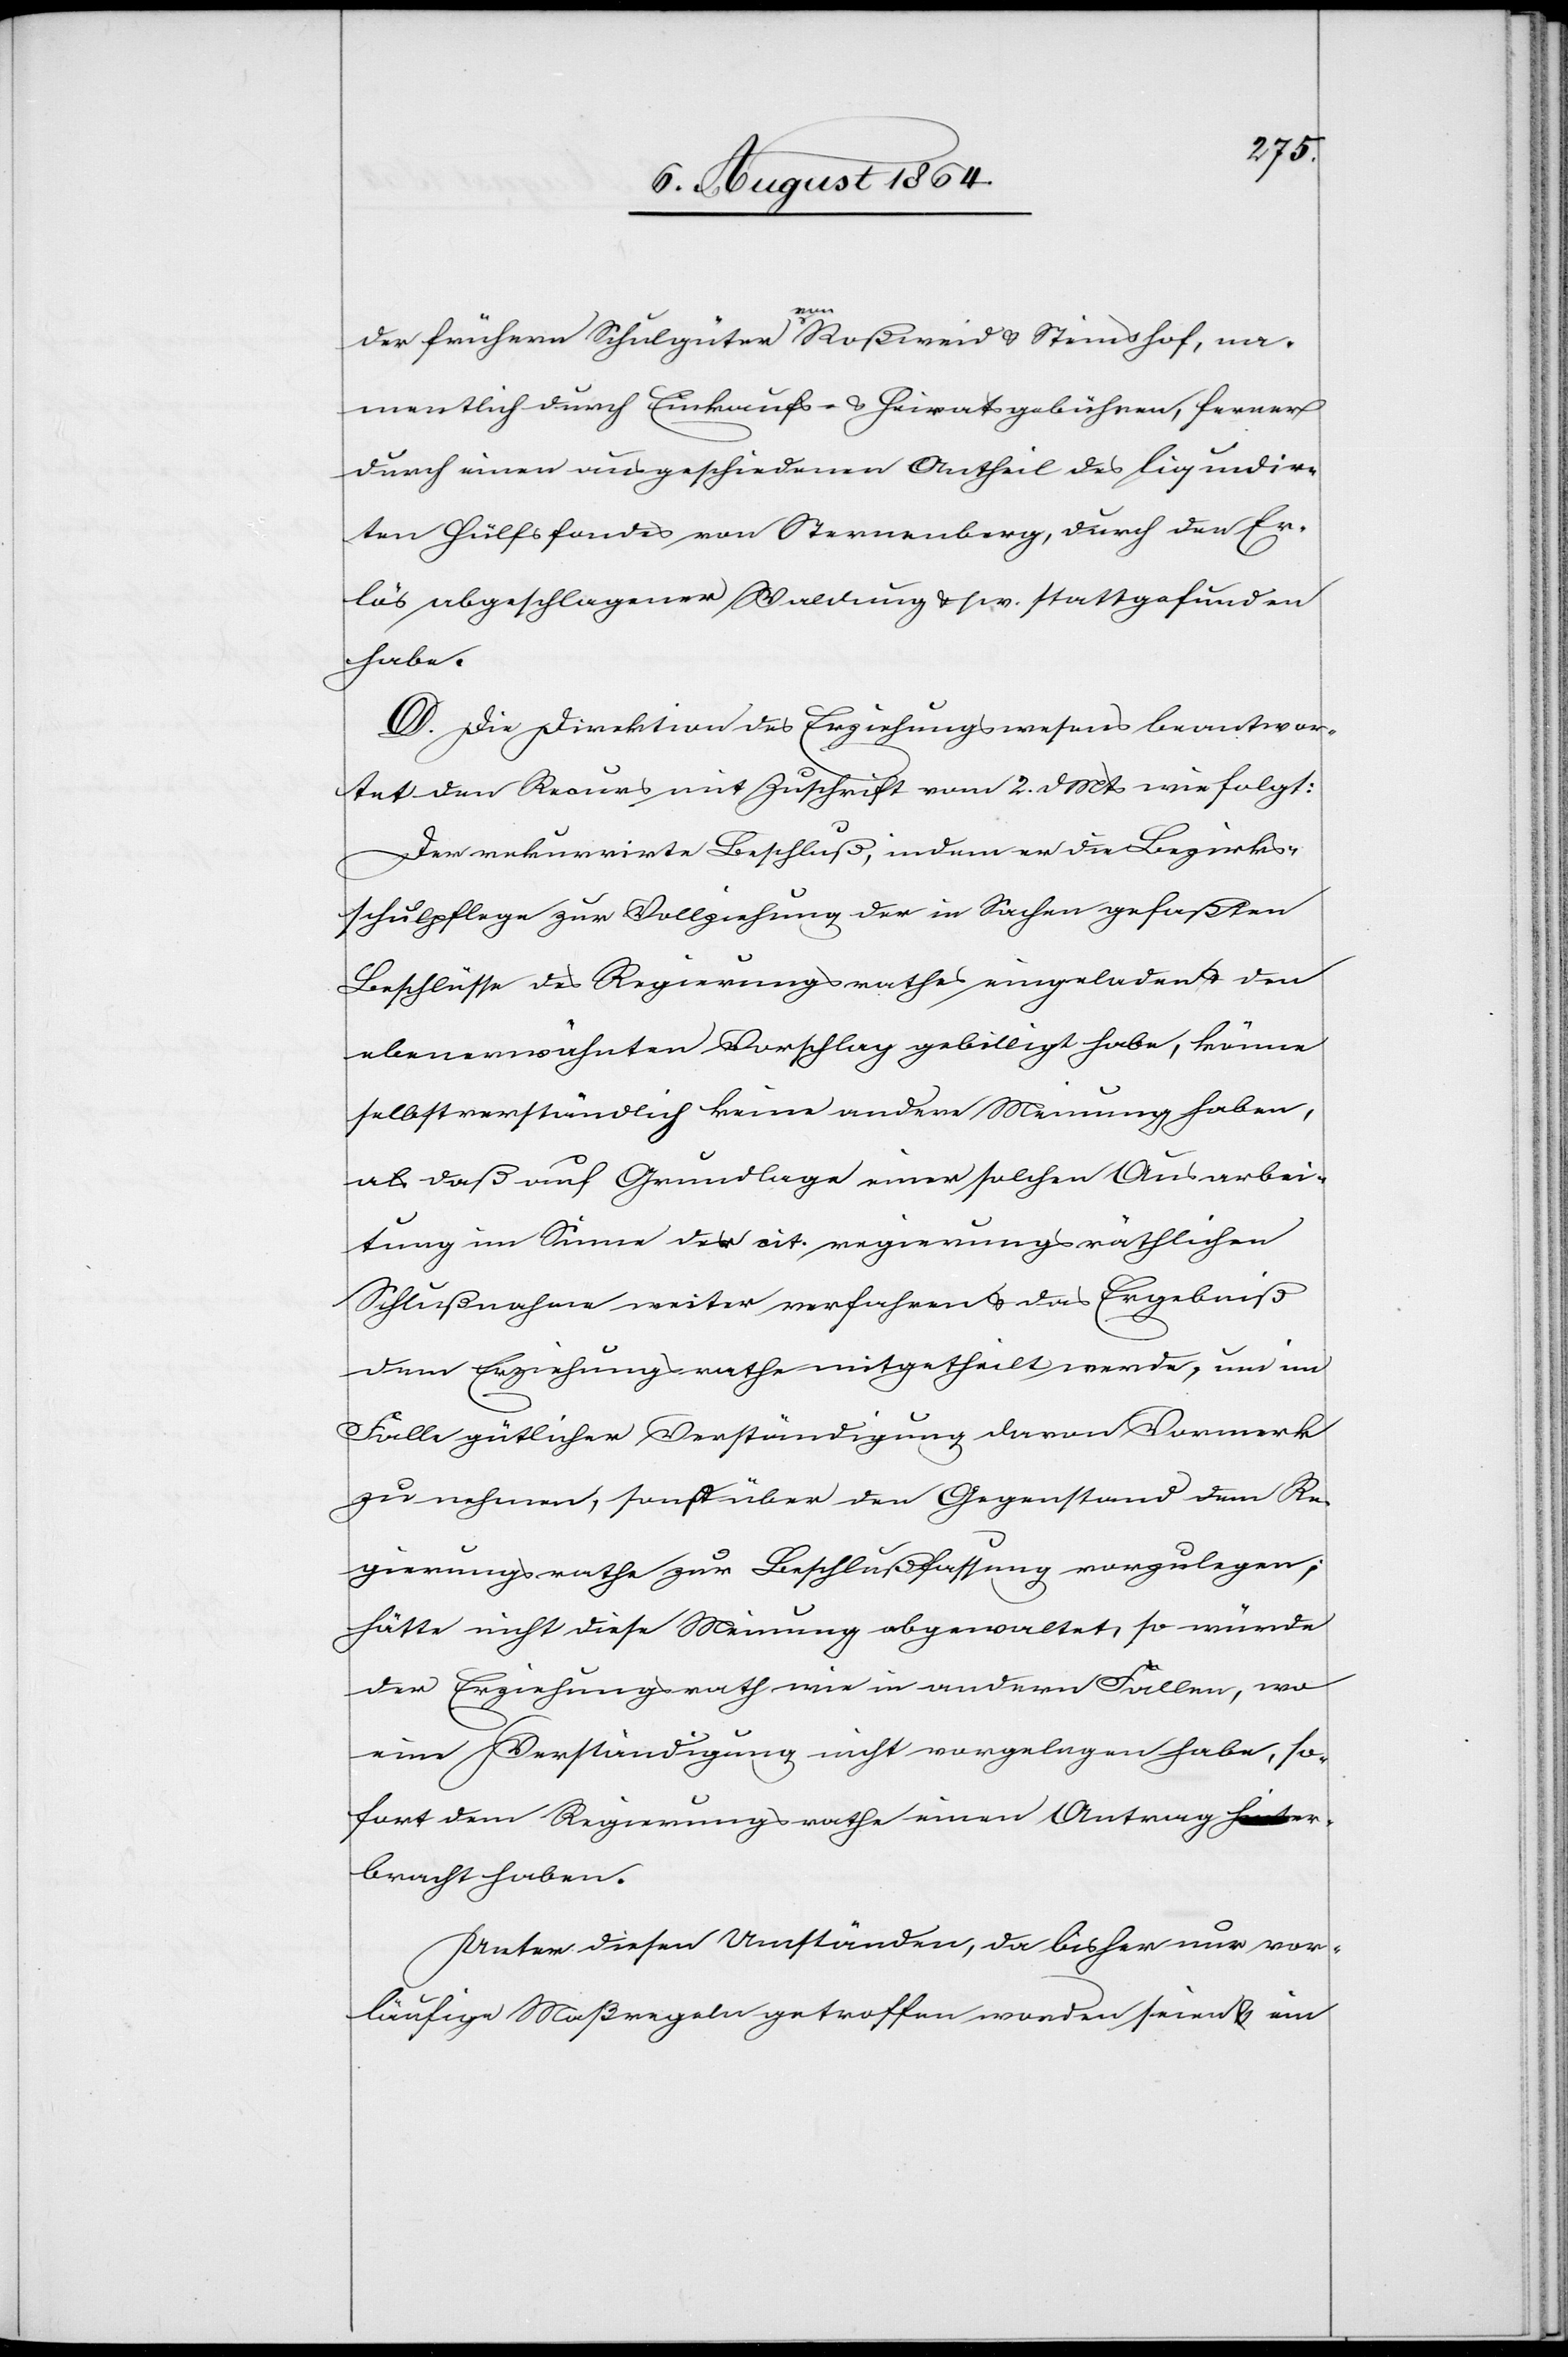
der frühern Schulgüter a-von-a Roßweid & Steinshof, na¬
mentlich durch Einkaufs- & Heiratsgebühren, ferner
durch einen ausgeschiedenen Antheil des liquidir¬
ten Hülfsfondes von Sternenberg, durch den Er¬
lös abgeschlagener Waldung & s. w. stattgefunden
habe.
D. Die Direktion des Erziehungswesens beantwor¬
tete den Recurs mit Zuschrift vom 2. d. Mts. wie folgt:
Der rekurrirte Beschluß, indem er die Bezirks¬
schulpflege zur Vollziehung der in Sachen gefaßten
Beschlüsse des Regierungsrathes eingeladen & den
ebenerwähnten Vorschlag gebilligt habe, könne
selbstverständlich keine andere Meinung haben,
als daß auf Grundlage einer solchen Ausarbei¬
tung im Sinne der cit. regierungsräthlichen
Schlußnahme weiter verfahren & das Ergebniß
dem Erziehungsrathe mitgetheilt werde, um im
Falle gütlicher Verständigung daran Vermerk
zu nehmen, sonst über den Gegenstand dem Re¬
gierungsrathe zur Beschlußfassung vorzulegen;
hätte nicht diese Meinung obgewaltet, so würde
der Erziehungsrath wie in andern Fällen, wo
eine Verständigung nicht vorgelegen habe, so¬
fort dem Regierungsrathe einen Antrag a-hint-a er¬
bracht haben.
Unter diesen Umständen, da bisher nur vor¬
läufige Maßregeln getroffen worden seien & ein